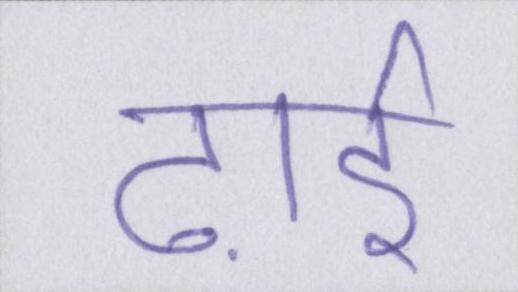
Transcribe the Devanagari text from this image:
ढ़ाई